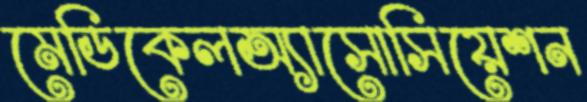
মেডিকেলঅ্যাসোসিয়েশন